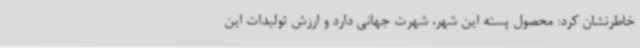
خاطرنشان کرد: محصول پسته این شهر، شهرت جهانی دارد و ارزش تولیدات این